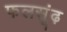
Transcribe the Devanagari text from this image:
फलसूंढ़